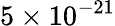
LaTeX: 5\times 10^{-21}